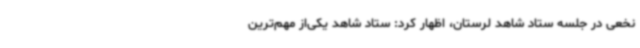
نخعی در جلسه ستاد شاهد لرستان، اظهار کرد: ستاد شاهد یکی‌از مهم‌ترین